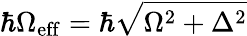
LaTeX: \hbar\Omega_{\mathrm{eff}}=\hbar\sqrt{\Omega^{2}+\Delta^{2}}